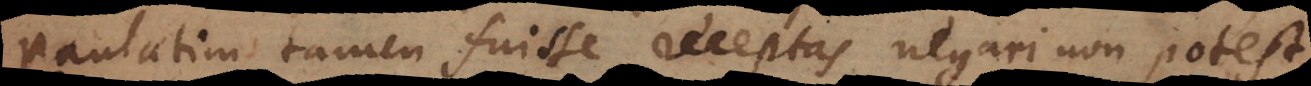
paulatim tamen fuisse receptas negari non potest.